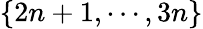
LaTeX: \{ 2n+1,\cdots,3n\}